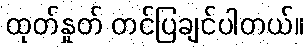
ထုတ်နှုတ် တင်ပြချင်ပါတယ်။